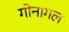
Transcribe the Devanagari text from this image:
गोनागल